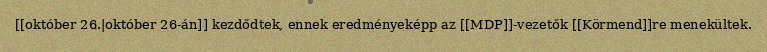
[[október 26.|október 26-án]] kezdődtek, ennek eredményeképp az [[MDP]]-vezetők [[Körmend]]re menekültek.